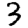
Digit: 3